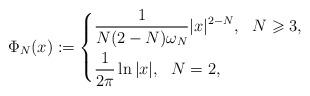
LaTeX: \begin{align*}\Phi_{N}(x):=\left\{ \begin{aligned} &\frac{1}{N(2-N)\omega_{N}}|x|^{2-N},\ \ N\geqslant 3,\\ &\frac{1}{2\pi}\ln|x|,\ \ N=2, \end{aligned}\right.\end{align*}